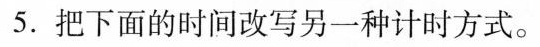
5.把下面的时间改写另一种计时方式。